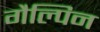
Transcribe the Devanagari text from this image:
गैल्पिन